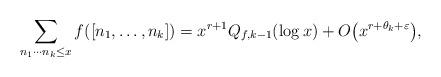
LaTeX: \begin{align*} \sum_{n_1\cdots n_k\le x} f([n_1,\ldots,n_k]) = x^{r+1} Q_{f,k-1} (\log x)+ O\big(x^{r+\theta_k+\varepsilon}\big),\end{align*}